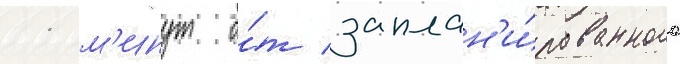
11 м'инут о́т заплан'и́рованного